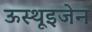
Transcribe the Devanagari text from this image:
ऊस्थूइजेन